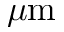
\mu \mathrm { m }